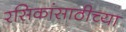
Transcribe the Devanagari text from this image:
रसिकांसाठीच्या